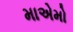
માએમો